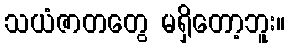
သယံဇာတတွေ မရှိတော့ဘူး။